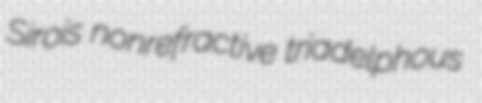
Sirois nonrefractive triadelphous